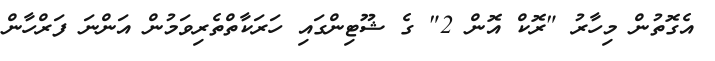
އެގޮތުން މިހާރު "ރޮކް އޮން 2" ގެ ޝޫޓިންގައި ހަރަކާތްތެރިވަމުން އަންނަ ފަރްހާން